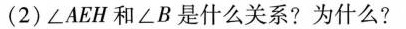
(2)∠AEH和∠B是什么关系?为什么?